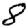
Digit: 8